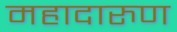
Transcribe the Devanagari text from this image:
महादारुण